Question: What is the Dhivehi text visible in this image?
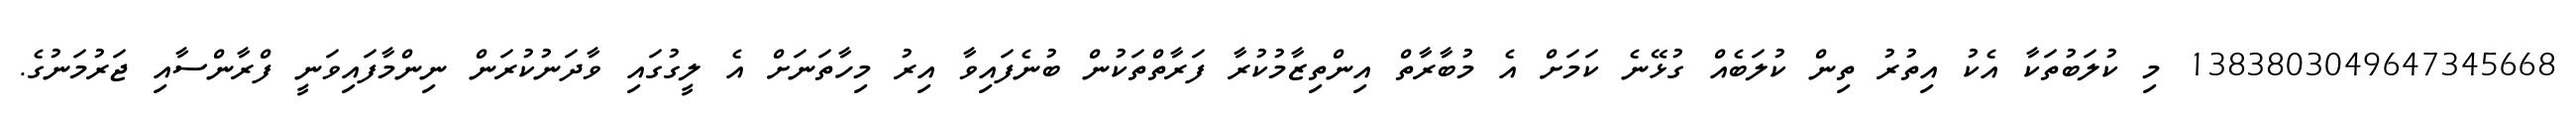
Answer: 1383803049647345668 މި ކުލަބުތަކާ އެކު އިތުރު ތިން ކުލަބެއް ގުޅޭނެ ކަމަށް އެ މުބާރާތް އިންތިޒާމުކުރާ ފަރާތްތަކުން ބުނެފައިވާ އިރު މިހާތަނަށް އެ ލީގުގައި ވާދަނުކުރަން ނިންމާފައިވަނީ ފްރާންސާއި ޖަރުމަނުގެ.